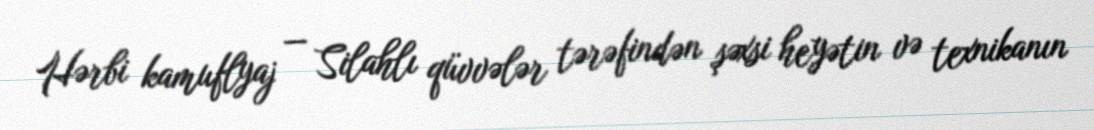
Hərbi kamuflyaj — Silahlı qüvvələr tərəfindən şəxsi heyətin və texnikanın